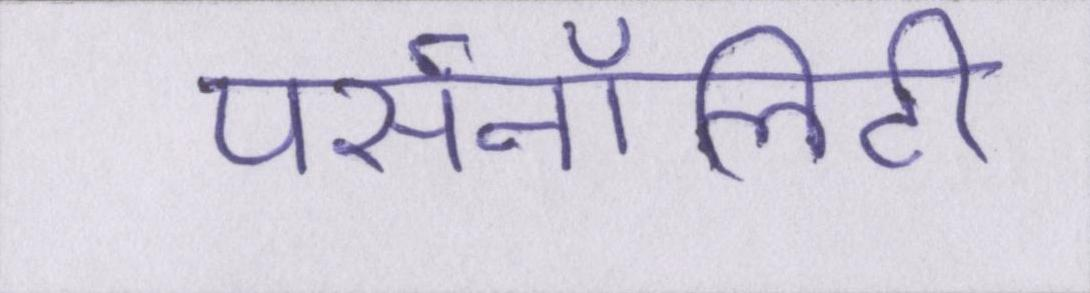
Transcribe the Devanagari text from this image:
पर्सनॉलिटी